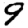
Digit: 9